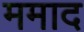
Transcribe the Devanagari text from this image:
ममाद